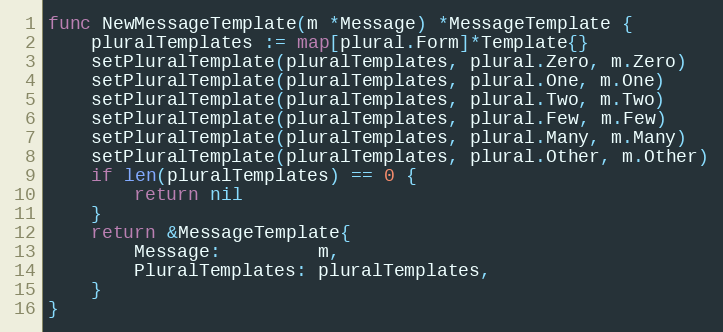
Language: Go
func NewMessageTemplate(m *Message) *MessageTemplate {
	pluralTemplates := map[plural.Form]*Template{}
	setPluralTemplate(pluralTemplates, plural.Zero, m.Zero)
	setPluralTemplate(pluralTemplates, plural.One, m.One)
	setPluralTemplate(pluralTemplates, plural.Two, m.Two)
	setPluralTemplate(pluralTemplates, plural.Few, m.Few)
	setPluralTemplate(pluralTemplates, plural.Many, m.Many)
	setPluralTemplate(pluralTemplates, plural.Other, m.Other)
	if len(pluralTemplates) == 0 {
		return nil
	}
	return &MessageTemplate{
		Message:         m,
		PluralTemplates: pluralTemplates,
	}
}